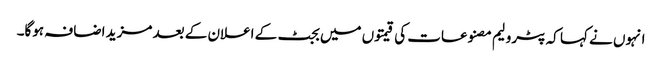
انہوں نے کہا کہ پٹرولیم مصنوعات کی قیمتوں میں بجٹ کے اعلان کے بعد مزید اضافہ ہوگا۔